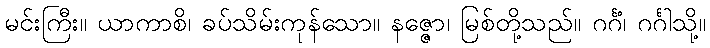
မင်းကြီး။ ယာကာစိ၊ ခပ်သိမ်းကုန်သော။ နဇ္ဇော၊ မြစ်တို့သည်။ ဂင်္ဂံ၊ ဂင်္ဂါသို့။